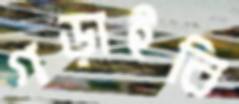
গড়াইবি